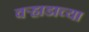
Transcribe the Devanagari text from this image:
वर्‍हाडाच्या